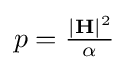
p={\tfrac {|\mathbf {H} |^{2}}{\alpha }}